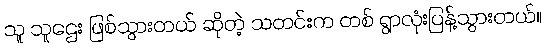
သူ သူဌေး ဖြစ်သွားတယ် ဆိုတဲ့ သတင်းက တစ် ရွာလုံးပြန့်သွားတယ်။